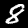
Label: 8